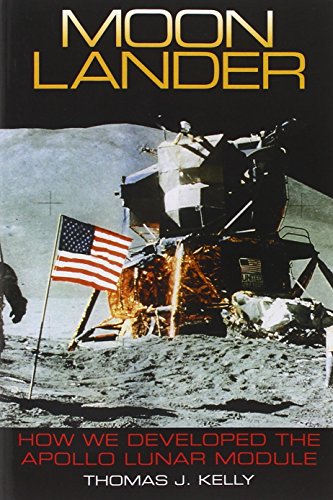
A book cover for Moon Lander: How We Developed the Apollo Lunar Module (Smithsonian History of Aviation and Spaceflight); Thomas J. Kelly; Science & Math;